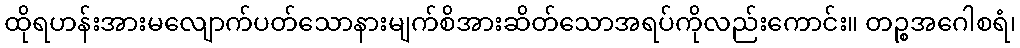
ထိုရဟန်းအားမလျောက်ပတ်သောနားမျက်စိအားဆိတ်သောအရပ်ကိုလည်းကောင်း။ တဉ္စအဂေါစရံ၊